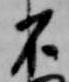
不